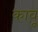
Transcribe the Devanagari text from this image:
कावू